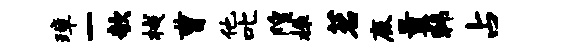
璋一欹械曹他叱隍榱茗鹿曩韩占